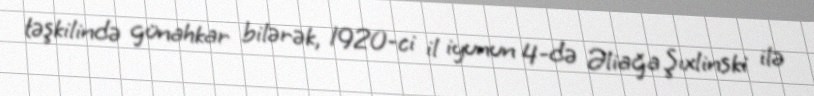
təşkilində günahkar bilərək, 1920-ci il iyunun 4-də Əliağa Şıxlinski ilə